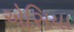
એસિયા